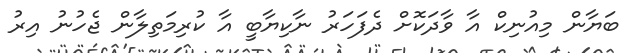
ބަޔާން މިއުނިކް އާ ވާދަކޮށް ދެފަހަރު ނާކިޔާބީ އާ ކުރިމަތިލާން ޖެހުނު އިރު